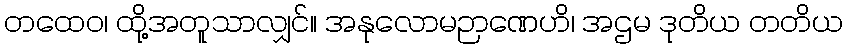
တထေဝ၊ ထို့အတူသာလျှင်။ အနုလောမဉာဏေဟိ၊ အဌမ ဒုတိယ တတိယ